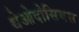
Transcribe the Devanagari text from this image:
थेओदोसियस